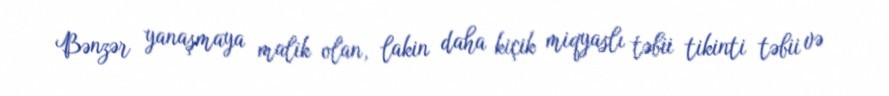
Bənzər yanaşmaya malik olan, lakin daha kiçik miqyaslı təbii tikinti təbii və